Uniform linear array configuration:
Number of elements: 8
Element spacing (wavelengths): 1
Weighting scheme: uniform
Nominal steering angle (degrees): -30
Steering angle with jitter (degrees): -29.315
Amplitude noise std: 0.05
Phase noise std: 0.05

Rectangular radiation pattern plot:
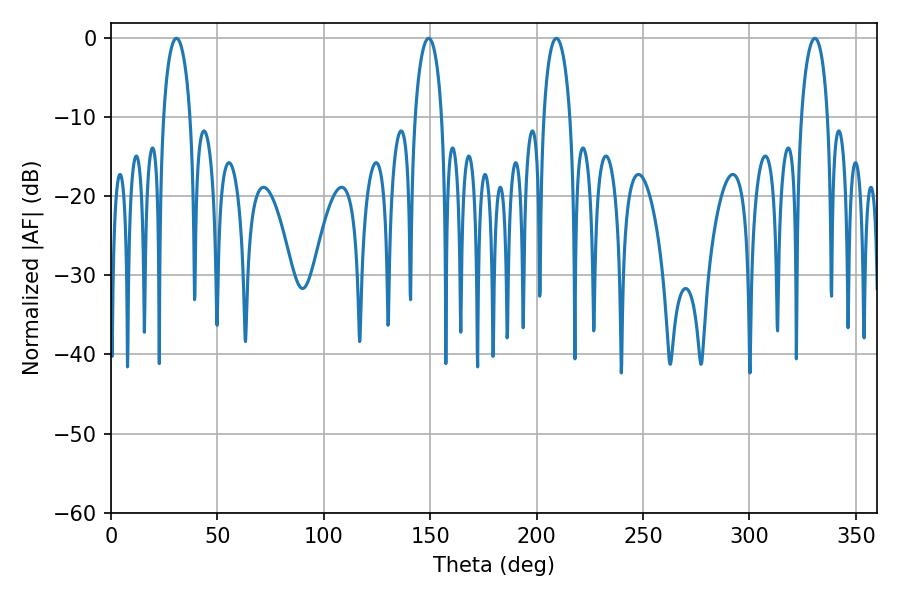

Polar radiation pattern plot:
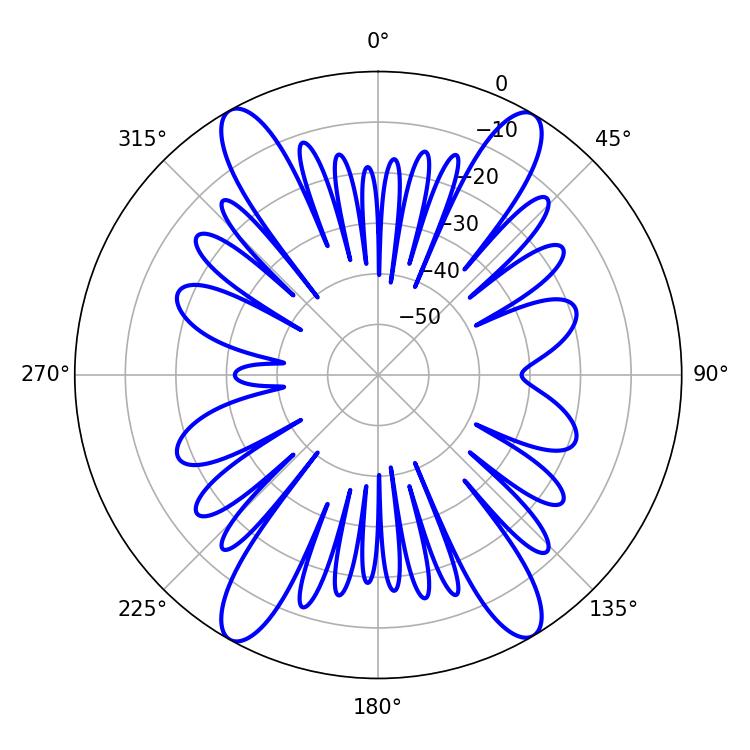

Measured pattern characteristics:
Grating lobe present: TRUE
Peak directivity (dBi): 23.377
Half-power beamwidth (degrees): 7.2
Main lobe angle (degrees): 30.78